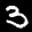
Label: 3